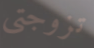
تزوجتي